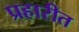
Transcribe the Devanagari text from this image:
प्रहारीत